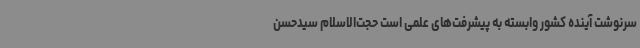
سرنوشت آینده کشور وابسته به پیشرفت‌های علمی است حجت‌الاسلام سیدحسن